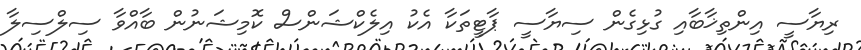
ރިޔާސީ އިންތިޚާބާއި ގުޅިގެން ސިޔާސީ ޕާޓީތަކާ އެކު އިލެކްޝަންސް ކޮމިޝަނުން ބާއްވާ ސިލްސިލާ